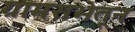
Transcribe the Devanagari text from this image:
ग्रामसभेतून